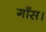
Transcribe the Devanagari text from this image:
गाँस।